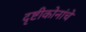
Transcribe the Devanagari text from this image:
दृष्टीकोनांचे